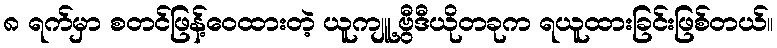
၈ ရက်မှာ စတင်ဖြန့်ဝေထားတဲ့ ယူကျူ့ဗွီဒီယိုတခုက ရယူထားခြင်းဖြစ်တယ်။